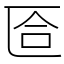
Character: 匼